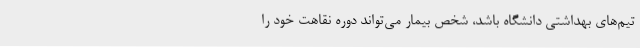
تیم‌های بهداشتی دانشگاه باشد، شخص بیمار می‌تواند دوره نقاهت خود را